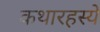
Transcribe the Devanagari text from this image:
कथारहस्ये